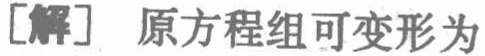
[解] 原方程组可变形为